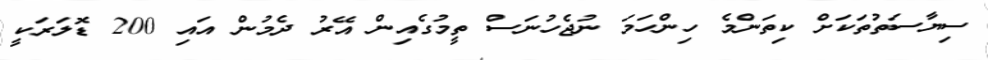
ސިޔާސަތުތަކަށް ކިތަންމެ ހިންހަމަ ނުޖެހުނަސް ތީމުގެއިން އޭރު ދެމުން އައި 200 ޑޮލަރަކީ